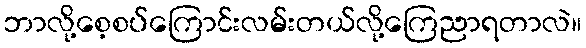
ဘာလို့စေ့စပ်ကြောင်းလမ်းတယ်လို့ကြေညာရတာလဲ။